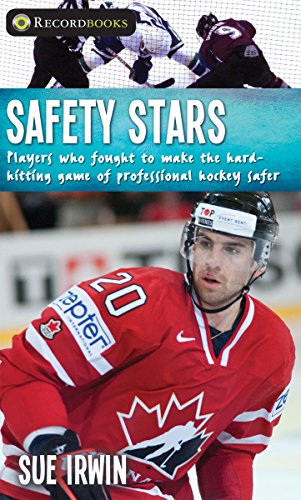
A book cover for Safety Stars: Players who fought to make the hard-hitting game of professional hockey safer (Lorimer Recordbooks); Sue Irwin; Teen & Young Adult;